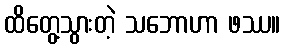
ထိတွေ့သွားတဲ့ သဘောဟာ ဖဿ။